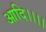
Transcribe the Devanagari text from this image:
आदि।।।।